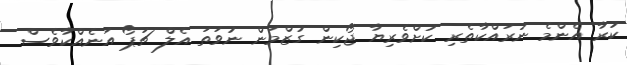
ކުރާ އެންމެ ނުރައްކާތެރި ކުށްވެރިޔާ ޖޯކިން ގުޒްމަން ނުވަތަ އެލް ޗަޕޯ އަނެއްކާވެސް